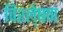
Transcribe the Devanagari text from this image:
विश्ले्षण